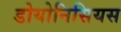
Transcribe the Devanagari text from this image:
डोयोनिसियस